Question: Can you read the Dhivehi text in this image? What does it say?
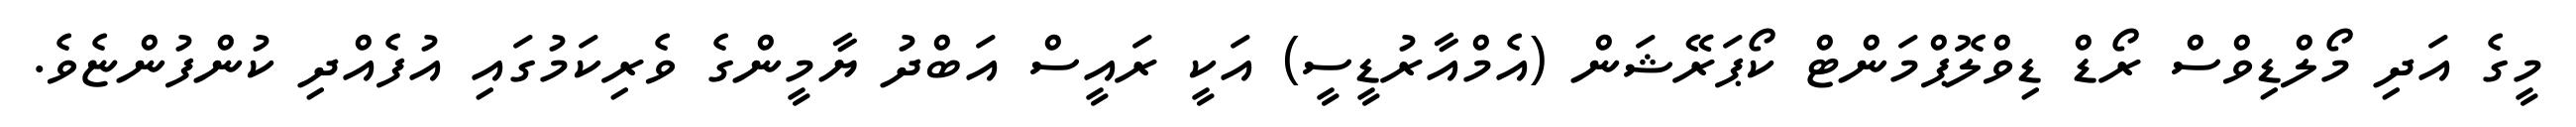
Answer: މީގެ އަދި މޯލްޑިވްސް ރޯޑް ޑިވްލޮޕްމަންޓް ކޯޕަރޭޝަން (އެމްއާރުޑީސީ) އަކީ ރައީސް އަބްދު ޔާމީންގެ ވެރިކަމުގައި އުފެއްދި ކުންފުންޏެވެ.